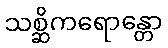
သစ္ဆိကရောန္တော